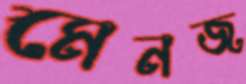
মেনজ